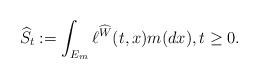
\begin{align*}\widehat{S}_t:=\int_{E_m} \ell^{\widehat{W}}(t,x)m(dx),t\geq 0. \end{align*}